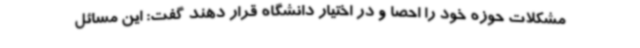
مشکلات حوزه خود را احصا و در اختیار دانشگاه قرار دهند گفت: این مسائل